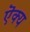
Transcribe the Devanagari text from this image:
ऎक्य